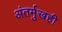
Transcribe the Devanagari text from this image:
अंतर्मुखही